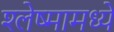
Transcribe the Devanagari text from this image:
श्लेष्मामध्ये